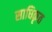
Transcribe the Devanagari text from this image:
साधिकृत